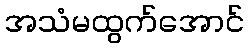
အသံမထွက်အောင်